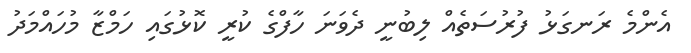
އެންމެ ރަނގަޅު ފުރުސަތެއް ލިބުނީ ދެވަނަ ހާފްގެ ކުރީ ކޮޅުގައި ހަމްޒާ މުހައްމަދު